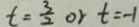
t = \frac { 3 } { 2 } o r t = - 1